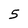
Character: 5